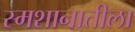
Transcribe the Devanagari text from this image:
स्मशानातीला